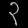
Digit: ၃